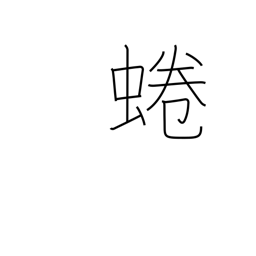
Meaning: an edible river snail